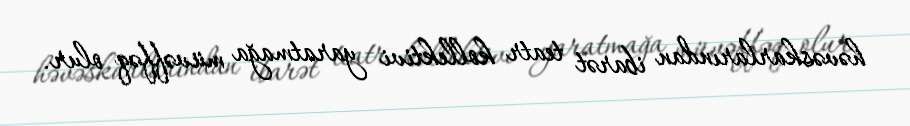
həvəskarlarından ibarət teatr kollektivi yaratmağa müvəffəq olur.